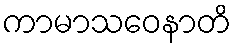
ကာမာသဝေနာတိ